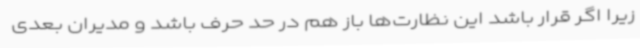
زیرا اگر قرار باشد این نظارت‌ها باز هم در حد حرف باشد و مدیران بعدی